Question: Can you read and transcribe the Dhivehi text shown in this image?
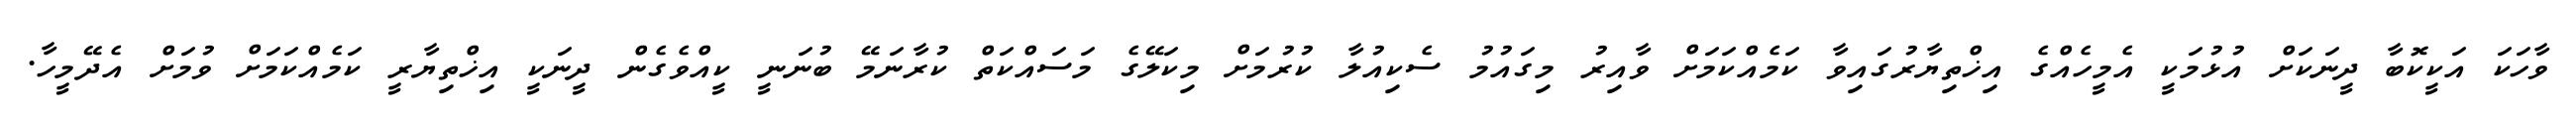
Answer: ވާހަކަ އަކީކޮބާ ދީނަކަށް އުޅުމަކީ އެމީހެއްގެ އިޚްތިޔާރުގައިވާ ކަމެއްކަމަށް ވާއިރު މިގައުމު ސެކިއުލާ ކުރުމަށް މިކަލޭގެ މަސައްކަތް ކުރާނަމޭ ބުނަނީ ކީއްވެގެން ދީނަކީ އިޚްތިޔާރީ ކަމެއްކަމަށް ވުމަށް އެދޭމީހާ.